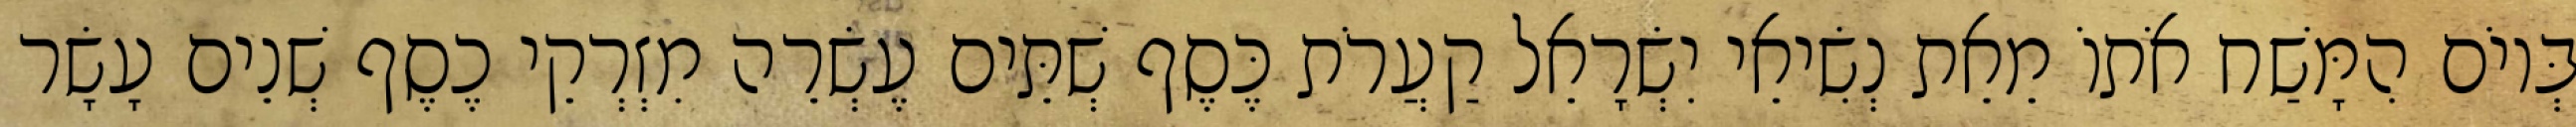
בְּיוֹם הִמָּשַׁח אֹתוֹ מֵאֵת נְשִׂיאֵי יִשְׂרָאֵל קַעֲרֹת כֶּסֶף שְׁתֵּים עֶשְׂרֵה מִזְרְקֵי כֶסֶף שְׁנֵים עָשָׂר